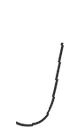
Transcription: J